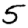
Digit: 5